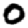
Digit: 0